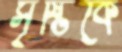
সৃষ্টিকে